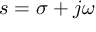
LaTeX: s = \sigma + j \omega